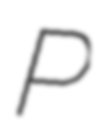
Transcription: P